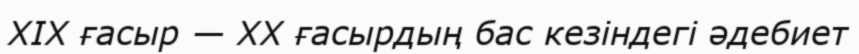
XIX ғасыр — XX ғасырдың бас кезіндегі әдебиет